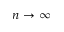
n \rightarrow \nolinebreak \infty